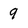
Character: 9